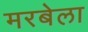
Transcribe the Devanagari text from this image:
मरबेला